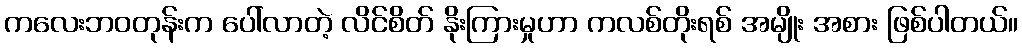
ကလေးဘဝတုန်းက ပေါ်လာတဲ့ လိင်စိတ် နိုးကြားမှုဟာ ကလစ်တိုးရစ် အမျိုး အစား ဖြစ်ပါတယ်။